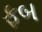
ફબ